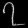
Digit: ၇